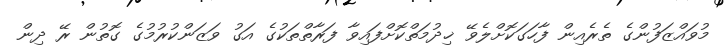
މުވައްޒަފުންގެ ތެރެއިން ފާހަގަކޮށްލެވޭ ޚިދުމަތްކޮށްފައިވާ ފަރާތްތަކުގެ އަގު ވަޒަންކުރުމުގެ ގޮތުން ރޭ ދިން